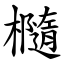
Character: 㰐